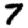
Digit: 7